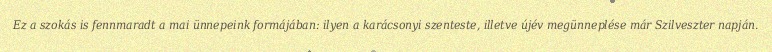
Ez a szokás is fennmaradt a mai ünnepeink formájában: ilyen a karácsonyi szenteste, illetve újév megünneplése már Szilveszter napján.